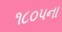
૧૮૦૫ના